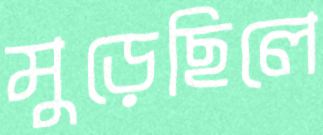
মুড়েছিলে